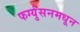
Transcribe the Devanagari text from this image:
फर्ग्युसनमधून